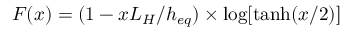
F ( x ) = ( 1 - x L _ { H } / h _ { e q } ) \times \log [ \operatorname { t a n h } ( x / 2 ) ]